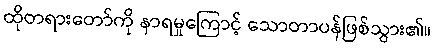
ထိုတရားတော်ကို နာရမှုကြောင့် သောတာပန်ဖြစ်သွား၏။